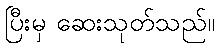
ပြီးမှ ဆေးသုတ်သည်။